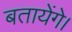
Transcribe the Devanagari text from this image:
बतायेंगे।